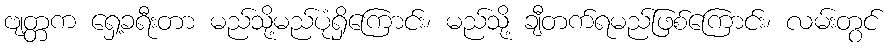
ဗျတ္တက ရှေ့ခရီးတာ မည်သို့မည်ပုံရှိကြောင်း၊ မည်သို့ ချီတက်ရမည်ဖြစ်ကြောင်း၊ လမ်းတွင်